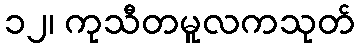
၁၂၊ ကုသီတမူလကသုတ်